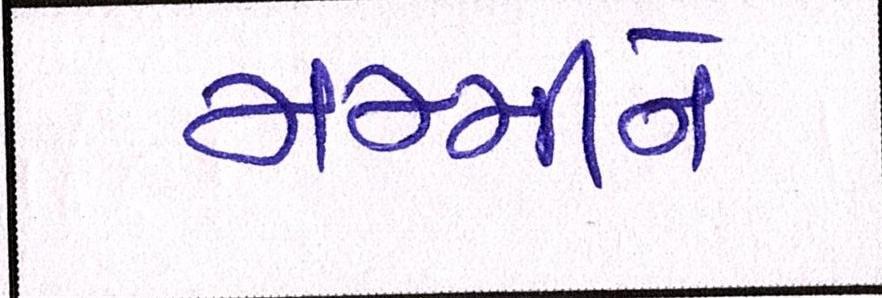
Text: મમ્મીને